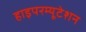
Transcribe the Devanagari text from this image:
हाइपरम्यूटेशन